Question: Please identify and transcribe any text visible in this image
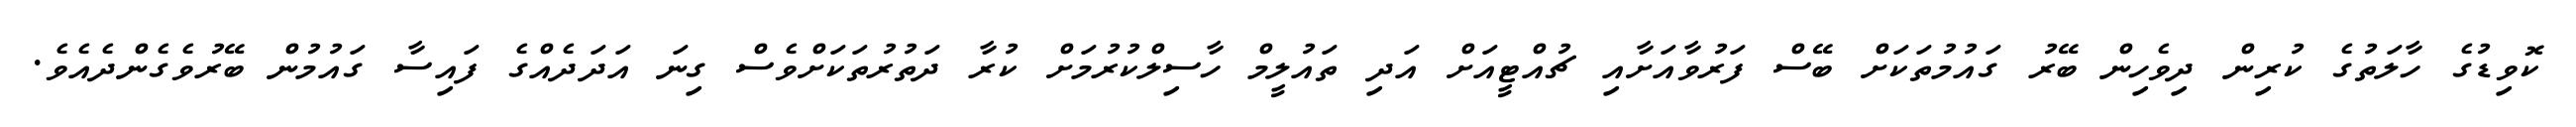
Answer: ކޮވިޑުގެ ހާލަތުގެ ކުރިން ދިވެހިން ބޭރު ގައުމުތަކަށް ބޭސް ފަރުވާއަށާއި ޗުއްޓީއަށް އަދި ތައުލީމް ހާސިލްކުރުމަށް ކުރާ ދަތުރުތަކަށްވެސް ގިނަ އަދަދެއްގެ ފައިސާ ގައުމުން ބޭރުވެގެންދެއެވެ.